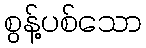
စွန့်ပစ်သော